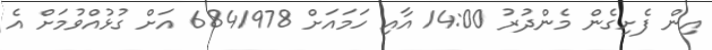
އިން ފެށިގެން މެންދުރު 14:00 އާއި ހަމައަށް 6841978 އަށް ގުޅުއްވުމަށް އެ